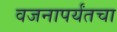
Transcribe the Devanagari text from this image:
वजनापर्यंतचा